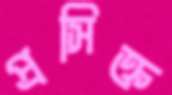
প্রসিক্ত